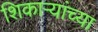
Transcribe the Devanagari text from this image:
शिकाऱ्यांच्या